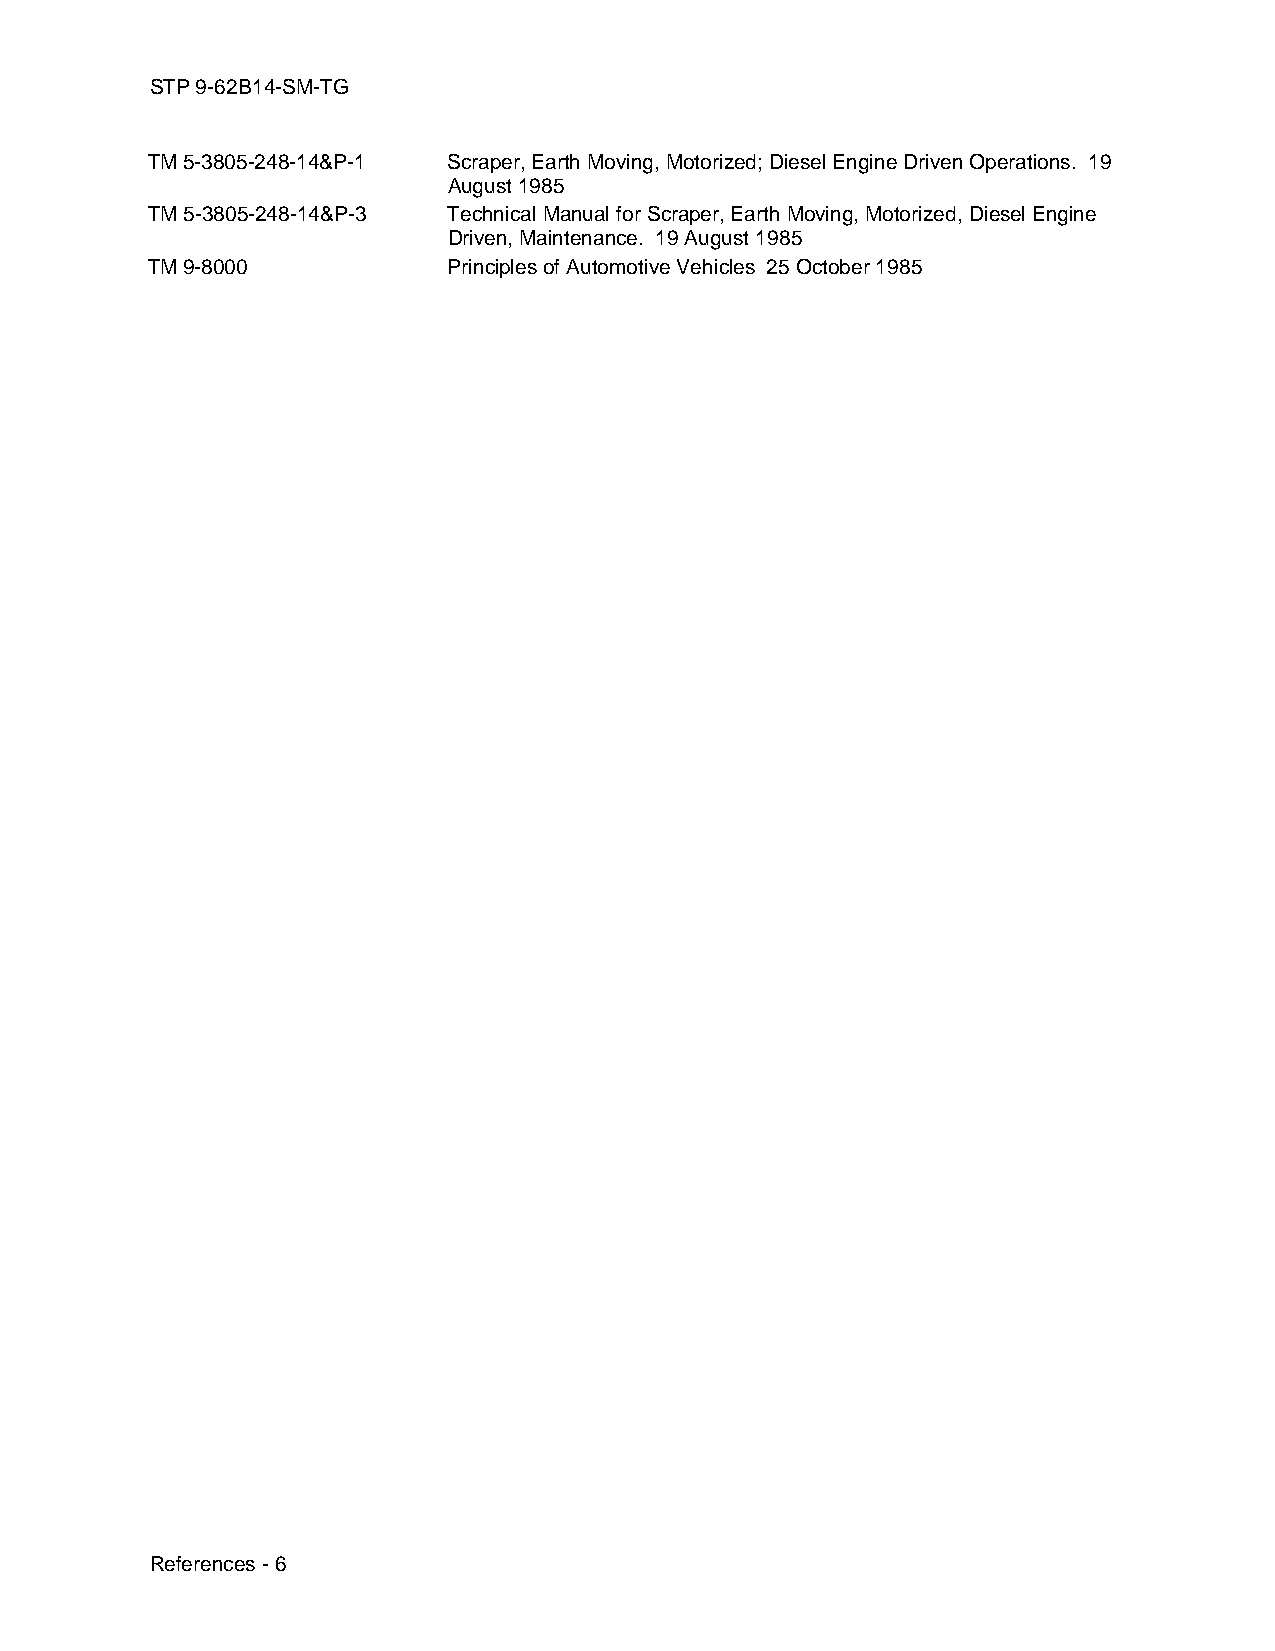
STP 9-62B14-SM-TG
 TM 5-3805-248-14&P-1 Scraper, Earth Moving, Motorized; Diesel Engine Driven Operations. 19
 August 1985
 TM 5-3805-248-14&P-3 Technical Manual for Scraper, Earth Moving, Motorized, Diesel Engine
 Driven, Maintenance. 19 August 1985
 TM 9-8000           Principles of Automotive Vehicles 25 October 1985
 References - 6